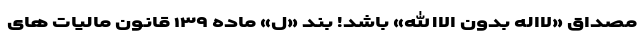
مصداق «لااله بدون الاالله» باشد! بند «ل» ماده ۱۳۹ قانون مالیات های